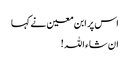
اس پر ابن معین نے کہا
ان شاء اللہ !